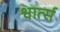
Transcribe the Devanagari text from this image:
श्वार्त्स